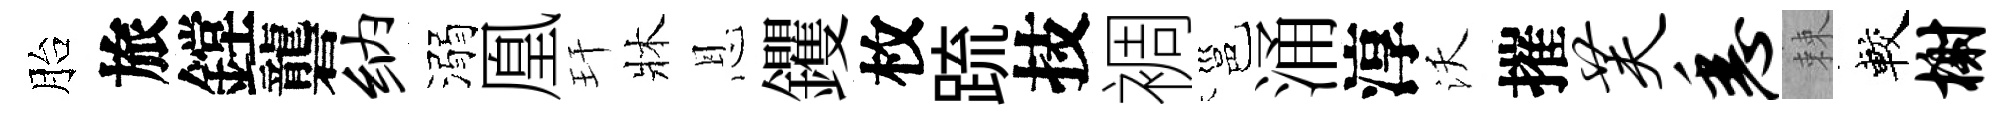
胎旅鏜礱纳溺凰玕牀恩钁枚䟽技裯邕涌淳沃摧芙悉棘較榭